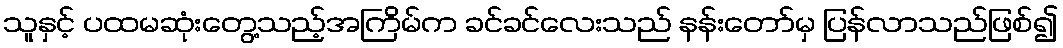
သူနှင့် ပထမဆုံးတွေ့သည့်အကြိမ်က ခင်ခင်လေးသည် နန်းတော်မှ ပြန်လာသည်ဖြစ်၍